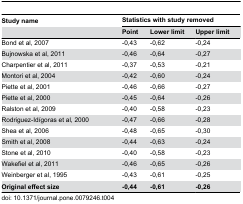
| Study name | <COLSPAN=3> Statistics with study removed |
 |  | Point | Lower limit | Upper limit |
 | --- | --- | --- | --- |
 | Bond et al, 2007 | -0,43 | -0,62 | -0,24 |
 | Bujnowska et al, 2011 | -0,46 | -0,64 | -0,27 |
 | Charpentier et al, 2011 | -0,37 | -0,53 | -0,21 |
 | Montori et al, 2004 | -0,42 | -0,60 | -0,24 |
 | Piette et al, 2001 | -0,46 | -0,66 | -0,27 |
 | Piette et al, 2000 | -0,45 | -0,64 | -0,26 |
 | Ralston et al, 2009 | -0,40 | -0,58 | -0,23 |
 | Rodriguez-Idígoras et al, 2000 | -0,47 | -0,66 | -0,28 |
 | Shea et al, 2006 | -0,48 | -0,65 | -0,30 |
 | Smith et al, 2008 | -0,44 | -0,63 | -0,24 |
 | Stone et al, 2010 | -0,40 | -0,58 | -0,23 |
 | Wakefiel et al, 2011 | -0,46 | -0,65 | -0,26 |
 | Weinberger et al, 1995 | -0,43 | -0,61 | -0,25 |
 | Original effect size | -0,44 | -0,61 | -0,26 |